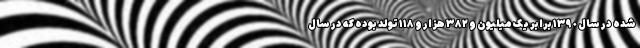
شده در سال ١٣٩٠ برابر یک میلیون و ٣٨٢ هزار و ١١٨ تولد بوده که در سال